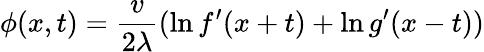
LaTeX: \phi(x,t)={\frac{v}{2\lambda}}(\ln f^{\prime}(x+t)+\ln g^{\prime}(x-t))